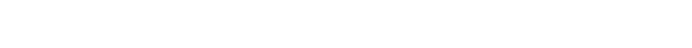
စတာတွေအားလုံးက ကိုယ့်ရဲ့ နေ့စဉ်ဘဝအတွင်း အံဝင်ဂွင်ကျ ဖြစ်ဖို့ လိုအပ်ပါတယ်။